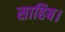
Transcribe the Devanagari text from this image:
साहिब।